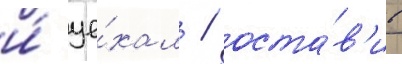
и́ уе́хал / оста́в'ив